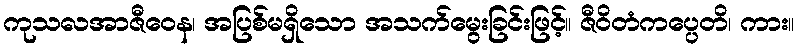
ကုသလအာဇီဝေန၊ အပြစ်မရှိသော အသက်မွေးခြင်းဖြင့်။ ဇီဝိတံကပ္ပေတိ၊ ကား။